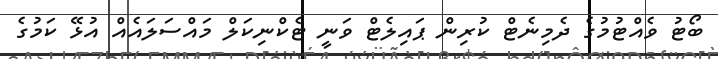
ބޯޓު ވެއްޓުމުގެ ދެމިނެޓް ކުރިން ޕައިލެޓް ވަނީ ޓެކްނިކަލް މައްސަލައެއް އުޅޭ ކަމުގެ